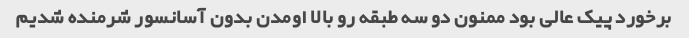
برخورد پیک عالی بود ممنون دو سه طبقه رو بالا اومدن بدون آسانسور شرمنده شدیم